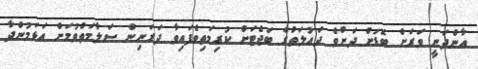
އާންދަނީ ވަރަށް ބޮޑަށް ދަށްވެ ދައުލަތުގެ ބަޖެޓަށް ކުރިމަތިވެފައިވާ ދަރަނިން ސަލާމަތްވުމަށް އަޅަމުންދާ